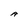
Character: A